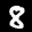
Label: 8